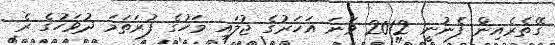
ގޭތެރެއިން ފެނުނީ 2012 ވަނަ އަހަރުގެ ޖުލައި މަހުގެ ފުރަތަމަ ދުވަހުގެ ރެ